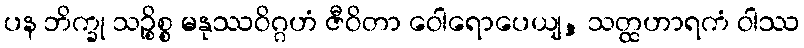
ပန ဘိက္ခု သဉ္စိစ္စ မနုဿဝိဂ္ဂဟံ ဇီဝိတာ ဝေါရောပေယျ, သတ္ထဟာရကံ ဝါဿ